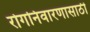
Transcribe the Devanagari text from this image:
रोगनिवारणासाठी